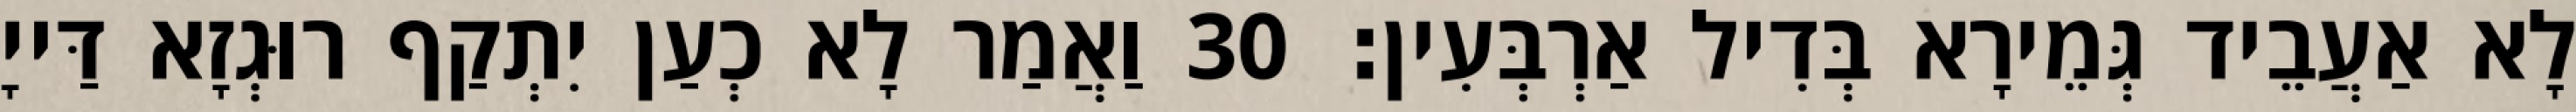
לָא אַעֲבֵיד גְּמֵירָא בְּדִיל אַרְבְּעִין׃ 30 וַאֲמַר לָא כְעַן יִתְקַף רוּגְזָא דַּייָ